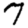
Digit: 7